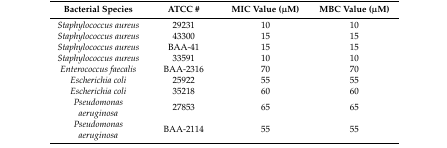
<table><thead><tr><td><b>Bacterial Species</b></td><td><b>ATCC #</b></td><td><b>MIC Value (μM)</b></td><td><b>MBC Value (μM)</b></td></tr></thead><tbody><tr><td><i>Staphylococcus aureus</i></td><td>29231</td><td>10</td><td>10</td></tr><tr><td><i>Staphylococcus aureus</i></td><td>43300</td><td>15</td><td>15</td></tr><tr><td><i>Staphylococcus aureus</i></td><td>BAA-41</td><td>15</td><td>15</td></tr><tr><td><i>Staphylococcus aureus</i></td><td>33591</td><td>10</td><td>10</td></tr><tr><td><i>Enterococcus faecalis</i></td><td>BAA-2316</td><td>70</td><td>70</td></tr><tr><td><i>Escherichia coli</i></td><td>25922</td><td>55</td><td>55</td></tr><tr><td><i>Escherichia coli</i></td><td>35218</td><td>60</td><td>60</td></tr><tr><td><i>Pseudomonas aeruginosa</i></td><td>27853</td><td>65</td><td>65</td></tr><tr><td><i>Pseudomonas aeruginosa</i></td><td>BAA-2114</td><td>55</td><td>55</td></tr></tbody></table>